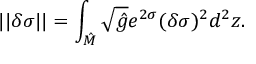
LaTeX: | | \delta \sigma | | = \int _ { \hat { \cal M } } \sqrt { \hat { g } } e ^ { 2 \sigma } ( \delta \sigma ) ^ { 2 } d ^ { 2 } z .